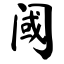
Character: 阈